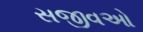
સજીવઓ